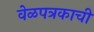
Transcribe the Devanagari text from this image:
वेळपत्रकाची